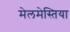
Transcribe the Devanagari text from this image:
मेलमेस्तिया